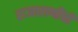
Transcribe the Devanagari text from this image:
राजाराणींची